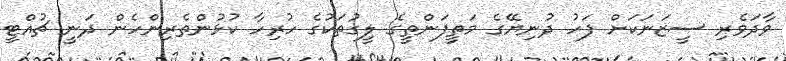
ވާދަވެރި ސީޒަނަކަށް ފަހު ދުނިޔޭގެ މަތީފަންތީގެ ލީގުތަކުގެ ހުރިހާ ކުޅުންތެރިންހެން ދަނީ ޗުއްޓީ